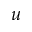
u